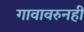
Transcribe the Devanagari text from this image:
गावावरुनही